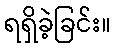
ရရှိခဲ့ခြင်း။